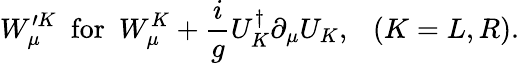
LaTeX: W_{\mu}^{\prime K}~~\mathrm{for}~~W_{\mu}^{K}+\frac{i}{g}U_{K}^{\dagger}\partial_{\mu}U_{K},~~~(K=L,R).